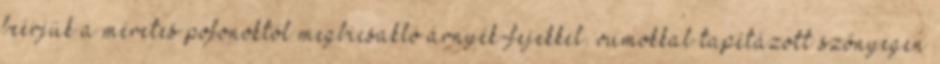
beérjük a méretes pofonoktól megbicsakló árnyék-fejekkel. vumokkal tapétázott szőnyegen